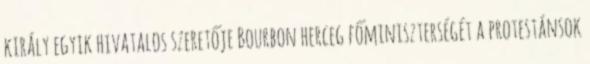
király egyik hivatalos szeretője Bourbon herceg főminiszterségét a protestánsok